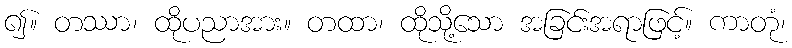
၍။ တဿာ၊ ထိုပညာအား။ တထာ၊ ထိုသို့သော အခြင်းအရာဖြင့်။ ကာတုံ၊